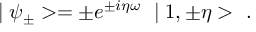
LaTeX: \mid \psi _ { \pm } > = \pm e ^ { \pm i \eta \omega } \ \mid 1 , \pm \eta > \ .